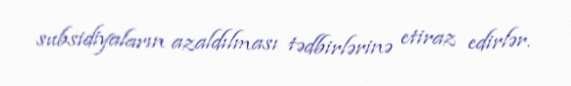
subsidiyaların azaldılması tədbirlərinə etiraz edirlər.